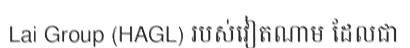
Lai Group (HAGL) របស់វៀតណាម ដែលជា